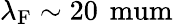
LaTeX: \lambda_{\mathrm{F}}\sim 20\, \mathrm{\ mum}